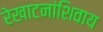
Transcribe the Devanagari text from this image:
रेखाटनांशिवाय